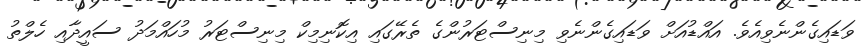
ވަޑައިގެންނެވިއެވެ. އައްޑުއަށް ވަޑައިގެންނެވި މިނިސްޓަރުންގެ ތެރޭގައި އިކޮނިމިކް މިނިސްޓަރު މުހައްމަދު ސައީދާއި ހެލްތު